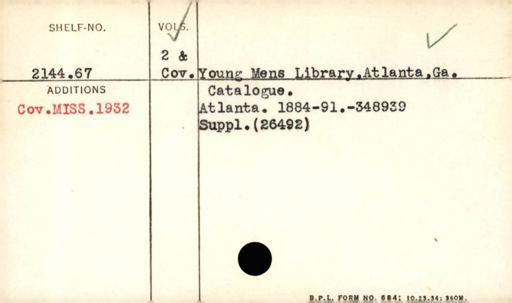
Label: content